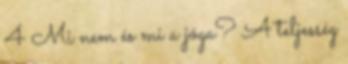
4 Mi nem és mi a jóga? A teljesség